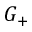
G _ { + }